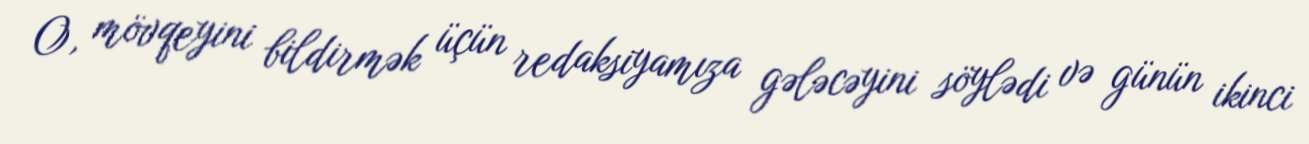
O, mövqeyini bildirmək üçün redaksiyamıza gələcəyini söylədi və günün ikinci